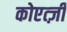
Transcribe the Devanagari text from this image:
कोएत्ज़ी